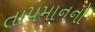
તા૫માનનો